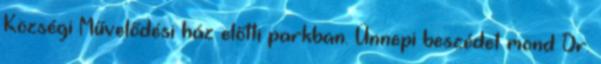
Községi Művelődési ház előtti parkban. Ünnepi beszédet mond Dr.